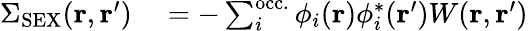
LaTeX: \begin{array}{rl}{\Sigma_{\mathrm{SEX}}(\mathbf{r},\mathbf{r}^{\prime})}&{{}=-\sum_{i}^{\mathrm{occ.}}\phi_{i}(\mathbf{r})\phi_{i}^{*}(\mathbf{r}^{\prime})W(\mathbf{r},\mathbf{r}^{\prime})}\end{array}